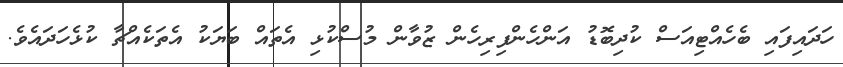
ހަދައިފައި ބެހެއްޓިއަސް ކުދިބޮޑު އަންހެންފިރިހެން ޒުވާން މުސްކުޅި އެތައް ބަޔަކު އެތަކެއްޗާ ކުޅެހަދައެވެ.